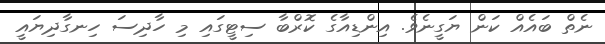
ނެތް ބައެއް ކަން ޔަގީނެވެ. އިންޑިއާގެ ކޮރްބާ ސިޓީގައި މި ހާދިސަ ހިނގާދިޔައީ